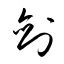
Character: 剣